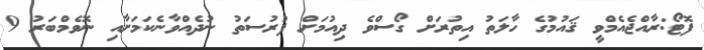
ފޮޓޯ:ރާއްޖެއެމްވީ ޤައުމުގެ ހާލަތު އިތުރަށް ގޯސްވެ ދިއުމަށް ފުރުސަތު ނުދެއްވާނެކަމަށާއި ނޮވެމްބަރު 9